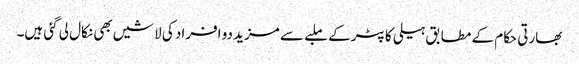
بھارتی حکام کے مطابق ہیلی کاپٹر کے ملبے سے مزید دو افراد کی لاشیں بھی نکال لی گئی ہیں۔